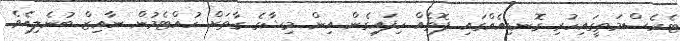
ޓެރެސްމަތީގައިހުރި ގޮނޑިއެއްގައި ފޮތެއް ހިފައިގެން އިން މިޝާގެ ގާތަށް ހުއްޓެމުން ނާއިޒް ބުނެލިއެވެ.